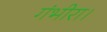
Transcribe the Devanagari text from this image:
गंभीरा।